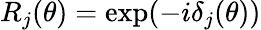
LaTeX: R_{j}(\theta)=\exp(-i\delta_{j}(\theta))